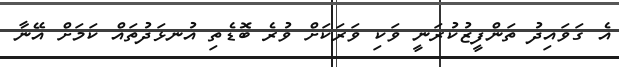
އެ ގަވައިދު ތަންފީޒުކުރަނީ ވަކި ވަރަކަށް ވުރެ ބޮޑެތި އުނޅަދުތައް ކަމަށް އޭނާ